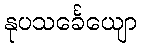
နုပသင်္ခေယျော